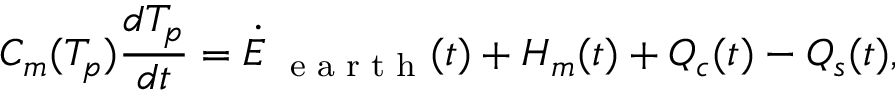
C _ { m } ( T _ { p } ) \frac { d T _ { p } } { d t } = \dot { E } _ { \mathrm { ~ \scriptsize ~ e ~ a ~ r ~ t ~ h ~ } } ( t ) + H _ { m } ( t ) + Q _ { c } ( t ) - Q _ { s } ( t ) ,